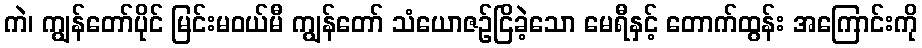
ကဲ၊ ကျွန်တော်ပိုင် မြင်းမဝယ်မီ ကျွန်တော် သံယောဇဉ်ငြိခဲ့သော မေရီနှင့် တောက်ထွန်း အကြောင်းကို